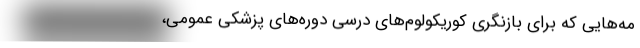
مه‌هایی که برای بازنگری کوریکولوم‌های درسی دوره‌های پزشکی عمومی،